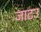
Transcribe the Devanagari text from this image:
जाटउ